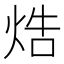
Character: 焅